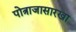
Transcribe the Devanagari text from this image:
पोत्राजासारखा